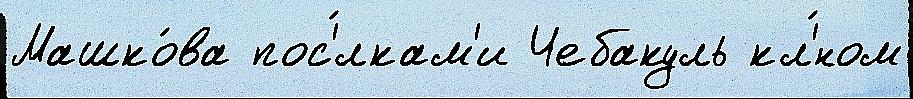
Машко́ва пос'́лкам'и Чебакуль кл'́ном